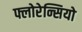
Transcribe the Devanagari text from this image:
फ्लोरेन्सियो